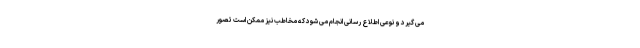
می گیرد و نوعی اطلاع رسانی انجام می شود که مخاطب نیز ممکن است تصور